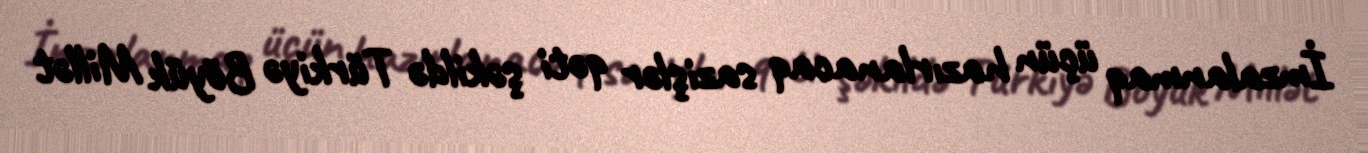
İmzalanmaq üçün hazırlanacaq sazişlər qəti şəkildə Türkiyə Böyük Millət